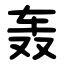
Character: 轰